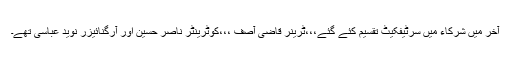
آخر میں شرکاء میں سرٹیفکیٹ تقسیم کئے گئے،،،ٹرینر قاضی آصف ،،،کوٹرینٹر ناصر حسین اور آرگنائیزر نوید عباسی تھے۔